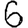
Digit: 6